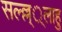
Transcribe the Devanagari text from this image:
सल्ल्ल््लाहु